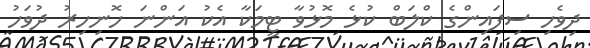
ދިވެހި ސިފައިންގެ ކްލަބް ކުޅެ މޮޅުވާ ޓީމަކާ އެކު އަންނަ ހޮނިހިރު ދުވަހު